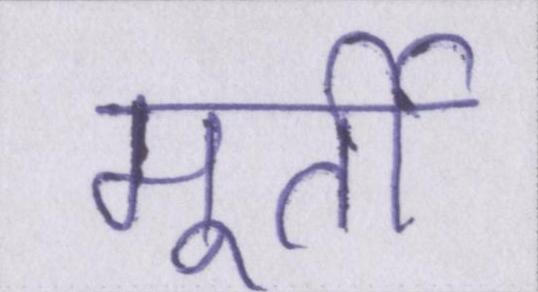
मूर्ती